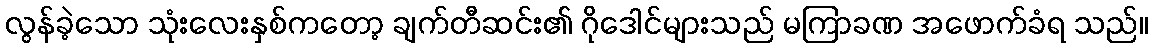
လွန်ခဲ့သော သုံးလေးနှစ်ကတော့ ချက်တီဆင်း၏ ဂိုဒေါင်များသည် မကြာခဏ အဖောက်ခံရ သည်။